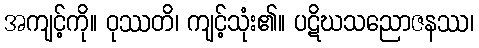
အကျင့်ကို။ ဝုဿတိ၊ ကျင့်သုံး၏။ ပဋိဃသညောဇနဿ၊